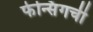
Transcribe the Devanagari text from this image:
फेन्सिंगची